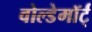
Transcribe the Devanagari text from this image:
वोल्डेमॉर्ट्